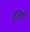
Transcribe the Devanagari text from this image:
हुआँ